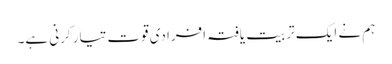
ہم نے ایک تربیت یافتہ افرادی قوت تیار کرنی ہے۔